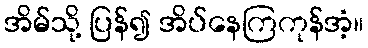
အိမ်သို့ ပြန်၍ အိပ်နေကြကုန်အံ့။